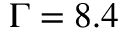
\Gamma = 8 . 4